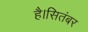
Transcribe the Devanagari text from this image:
है।सितंबर